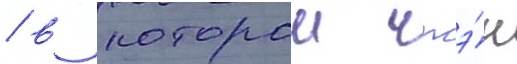
/ в которои чжэ́н